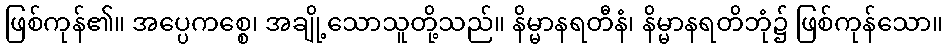
ဖြစ်ကုန်၏။ အပ္ပေကစ္စေ၊ အချို့သောသူတို့သည်။ နိမ္မာနရတီနံ၊ နိမ္မာနရတိဘုံ၌ ဖြစ်ကုန်သော။